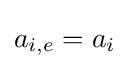
a_{i,e}=a_{i}